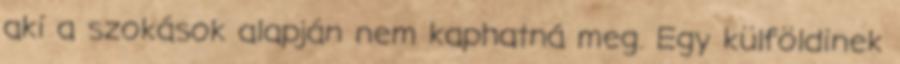
aki a szokások alapján nem kaphatná meg. Egy külföldinek